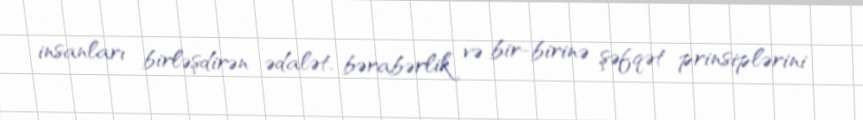
insanları birləşdirən ədalət, bərabərlik və bir-birinə şəfqət prinsiplərini